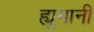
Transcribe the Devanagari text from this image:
ह्युमानी